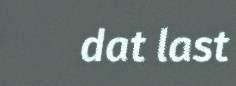
dat last